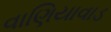
વાણિયાવાડ